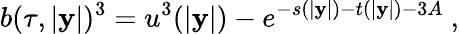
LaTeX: b(\tau,|\mathbf{y}|)^{3}=u^{3}(|\mathbf{y}|)-e^{-s(|\mathbf{y}|)-t(|\mathbf{y}|)-3A}~,